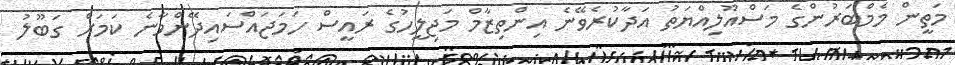
މަތީން މެމްބަރުންގެ މަސްއޫލިއްޔަތު އަދާކުރެވޭނެ އިންތިޒާމް މަޖިލީހުގެ ރައީސް ހަމަޖައްސައިދޭންވާނެ ކަމަށް ގަބޫލު